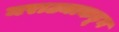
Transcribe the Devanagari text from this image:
मराठ्याकडून